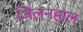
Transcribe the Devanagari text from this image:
जिलनहाल